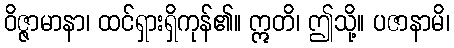
ဝိဇ္ဇာမာနာ၊ ထင်ရှားရှိကုန်၏။ ဣတိ၊ ဤသို့။ ပဇာနာမိ၊